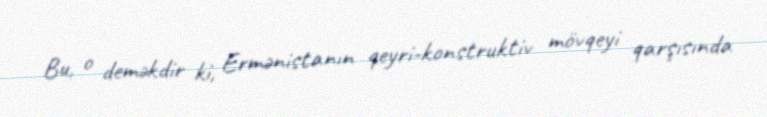
Bu, o deməkdir ki, Ermənistanın qeyri-konstruktiv mövqeyi qarşısında